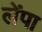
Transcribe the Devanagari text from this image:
लेंपा